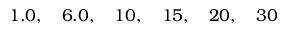
1 . 0 , \quad 6 . 0 , \quad 1 0 , \quad 1 5 , \quad 2 0 , \quad 3 0